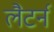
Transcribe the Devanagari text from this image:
लैटर्न